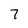
Character: 7